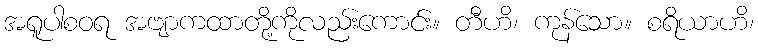
အရူပါစဝရ အဗျာကထာတို့ကိုလည်းကောင်း။ တီဟိ၊ ကုန်သော။ စရိယာဟိ၊